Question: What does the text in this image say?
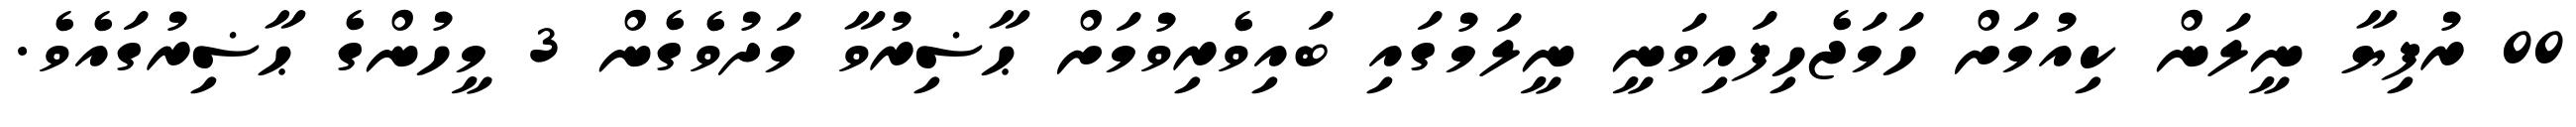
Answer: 00 ރުފިޔާ ނީލަން ކިއުމަށް ހަމަޖެހިފައިވަނީ ނީލަމުގައި ބައިވެރިވުމަށް ޙާޟިރުވާ މަދުވެގެން 3 މީހުންގެ ޙާޟިރުގައެވެ.